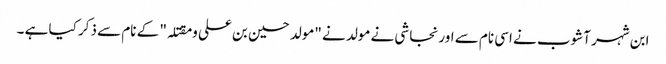
ابن شہر آشوب نے اسی نام سے اور نجاشی نے مولد نے "مولد حسین بن علی و مقتلہ" کے نام سے ذکر کیا ہے ۔